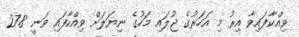
ވިއްކާފައިވާ އިރު މި އަހަރުގެ ޖުލައި މަހުގެ ނިޔަލަށް ވިއްކާފައި ވަނީ 27.8